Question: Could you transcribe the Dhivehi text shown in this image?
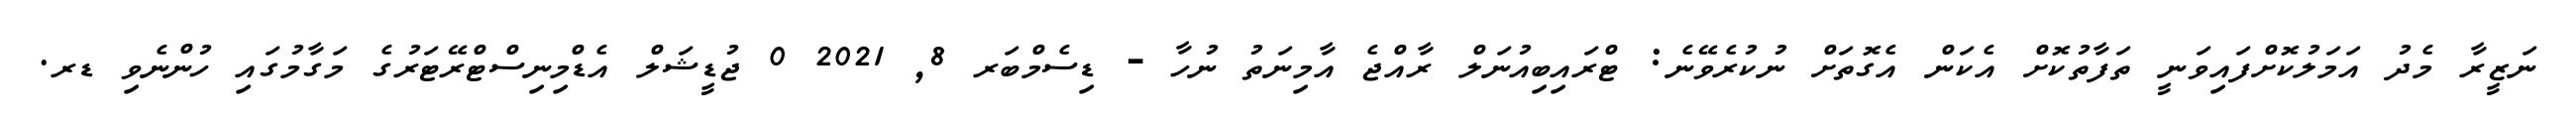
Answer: ނަޒީރާ މެދު އަމަލުކޮށްފައިވަނީ ތަފާތުކޮށް އެކަން އެގޮތަށް ނުކުރެވޭނެ: ޓްރައިބިއުނަލް ރާއްޖެ އާމިނަތު ނުހާ - ޑިސެމްބަރ 8, 2021 0 ޖުޑީޝަލް އެޑްމިނިސްޓްރޭޓަރުގެ މަގާމުގައި ހުންނެވި ޑރ.